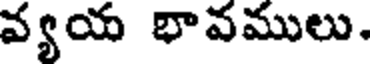
వ్యయ భావములు.